Lunatic asylums United Prov. 1922-30 - 1922-1930
Year: 1922
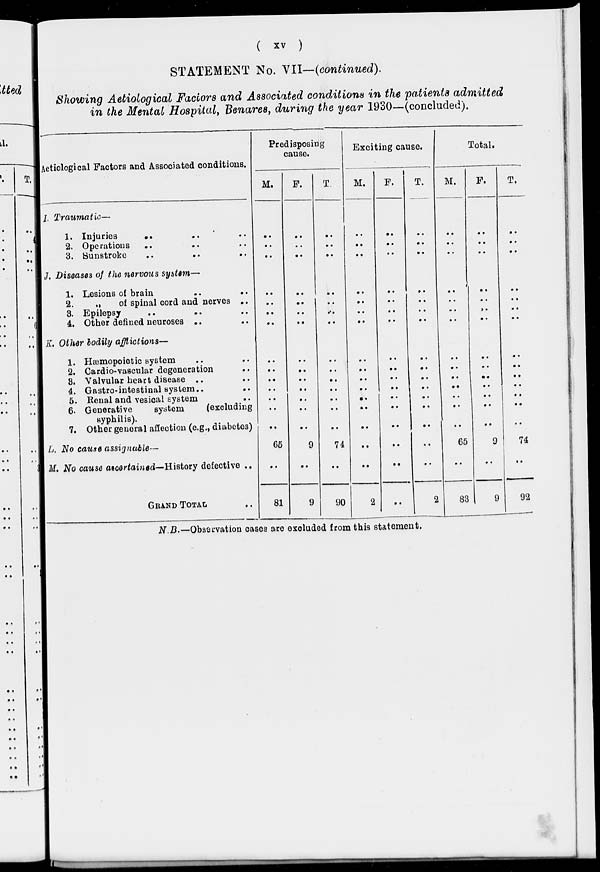
( xv )
STATEMENT No. VII—(continued).
Showing Aetiologioal Factors and Associated conditions in the patients admitted
in the Mental Hospital, Benares, during the year 1930—(concluded).
Aetiologioal Factors and Associated conditions.
I.
J.
K.
L.
M.
Traumatic—
1. Injuries .. .. ..
2. Operations
.. .. ..
3. Sunstroke ..
..
..
Diseases of the nervous system—
1. Lesions of brain .. ..
2.
„
of spinal cord and nerves ..
3. Epilepsy .. .. ..
4. Other defined neuroses .. ..
Other bodily afflictions—
1. Hæmopoietic system .. ..
2. Cardio-vascular degeneration ..
3. Valvular heart disease .. ..
4. Gastro-intestinal system ..
..
5. Renal and vesical system ..
6. Generative
system
(excluding
syphilis).
7. Other general affection (e.g., diabetes)
No cause assignable—
No cause ascertained—History defective ..
GRAND TOTAL ..
Predisposing
cause.
M.
..
..
..
..
..
..
..
..
..
..
..
..
..
..
65
..
81
F.
..
..
..
..
..
..
..
..
..
..
..
..
..
..
9
..
9
T.
..
..
..
..
..
..
..
..
..
..
..
..
..
..
74
..
90
Exciting cause.
M.
..
..
..
..
..
..
..
..
..
..
..
..
..
..
..
..
2
F.
..
..
..
..
..
..
..
..
..
..
..
..
..
..
..
..
..
T.
..
..
..
..
..
..
..
..
..
..
..
..
..
..
..
..
2
Total.
M.
..
..
..
..
..
..
..
..
..
..
..
..
..
..
65
..
83
F.
..
..
..
..
..
..
..
..
..
..
..
..
..
..
9
..
9
T.
..
..
..
..
..
..
..
..
..
..
..
..
..
..
74
..
92
N.B.—Observation cases are excluded from this statement.